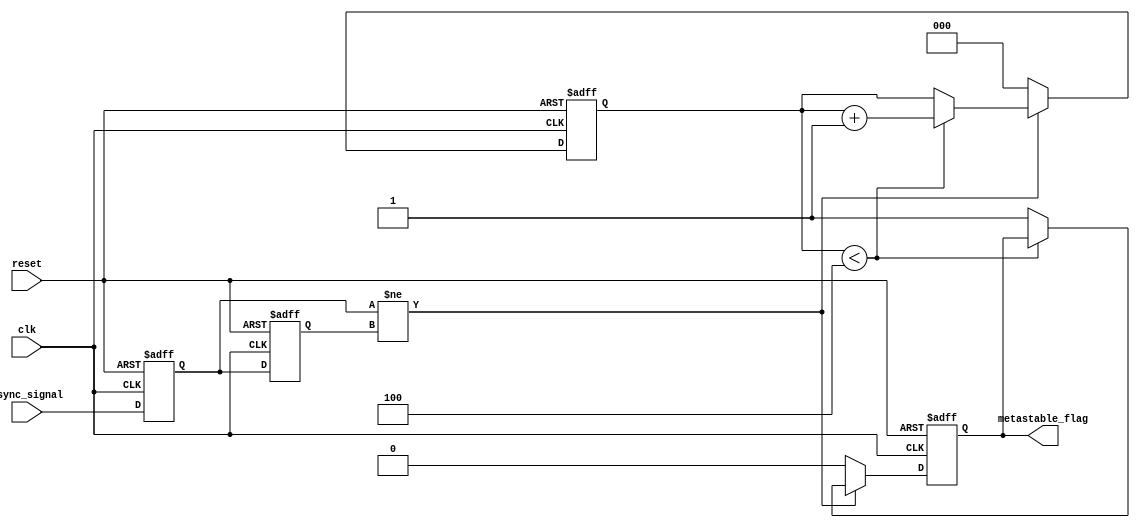
module metastability_detector (
    input wire clk,            // Clock signal
    input wire reset,          // Reset signal
    input wire async_signal,   // Asynchronous input signal
    output reg metastable_flag // Metastability detection flag
);

    // Internal signals for latches
    reg latch1_out;
    reg latch2_out;

    // Parameters for metastability detection
    parameter STABILIZATION_TIME = 4; // Number of clock cycles to check for stabilization

    // Counter for stabilization check
    reg [2:0] stabilization_counter;

    // Latch sampling process
    always @(posedge clk or posedge reset) begin
        if (reset) begin
            latch1_out <= 1'b0;
            latch2_out <= 1'b0;
            metastable_flag <= 1'b0;
            stabilization_counter <= 3'b0;
        end else begin
            // Sample the asynchronous signal
            latch1_out <= async_signal; // Sample on the first clock edge
            latch2_out <= latch1_out;    // Sample the output of latch1 on the next clock edge
            
            // Check for metastability
            if (latch1_out != latch2_out) begin
                // If latches are different, it indicates a potential metastability
                if (stabilization_counter < STABILIZATION_TIME) begin
                    stabilization_counter <= stabilization_counter + 1;
                end else begin
                    metastable_flag <= 1'b1; // Set metastability flag if not stabilized
                end
            end else begin
                // Reset stabilization counter if latches are the same
                stabilization_counter <= 3'b0;
                metastable_flag <= 1'b0; // Clear metastability flag
            end
        end
    end

endmodule